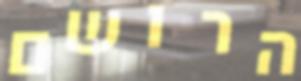
הרושם